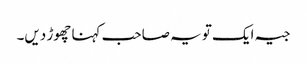
جیہ ایک تو یہ صاحب کہنا چھوڑ دیں۔